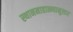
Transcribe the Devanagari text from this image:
स्थानमाहात्म्यानुसार